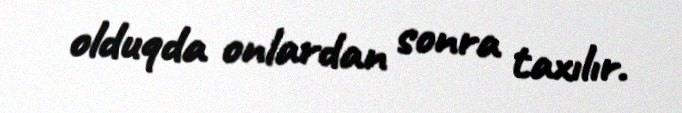
olduqda onlardan sonra taxılır.